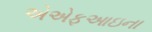
એએફઆઇના